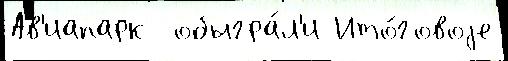
Ав'иапарк  обыгра́л'и Ито́говоjе